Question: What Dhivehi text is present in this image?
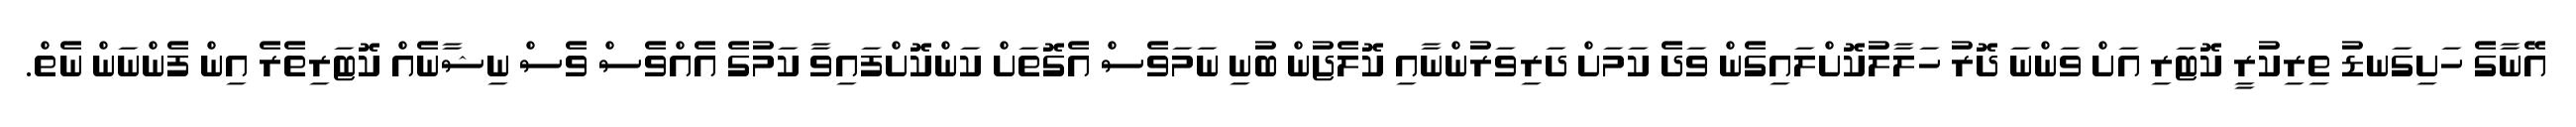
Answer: އޭނާގެ ހަށިގަނޑު ތިރިކުރީ ކޮޓަރި އަށް ވަންނަ ދޮރު ހަލާލުކޮށްލައިގެން ވަދެ ކަމަށް ދަރިވަރުންނާއި ކޮލެޖުން ބުނި ނަމަވެސް އެގޮތަށް ކަންކޮށްފައިވާ ކަމުގެ އެއްވެސް ވެސް ނިޝާނެއް ކޮޓަރިތެރެ އިން ފެންނަން ނެތް.